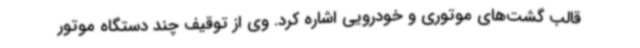
قالب گشت‌های موتوری و خودرویی اشاره کرد. وی از توقیف چند دستگاه موتور